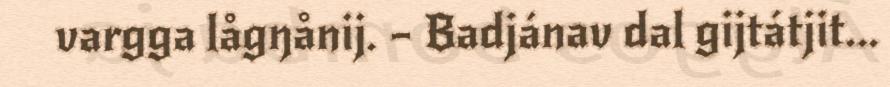
vargga lågŋånij. – Badjánav dal gijtátjit...